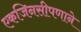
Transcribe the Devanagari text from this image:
एकजिनसीपणाने